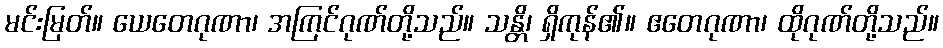
မင်းမြတ်။ ယေတေဂုဏာ၊ အကြင်ဂုဏ်တို့သည်။ သန္တိ၊ ရှိကုန်၏။ ဧတေဂုဏာ၊ ထိုဂုဏ်တို့သည်။